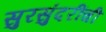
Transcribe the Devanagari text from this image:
सुरसुंदरींची